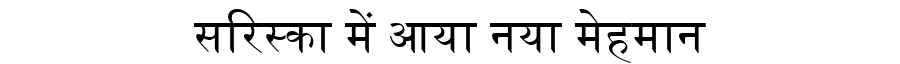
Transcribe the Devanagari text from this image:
सरिस्का में आया नया मेहमान